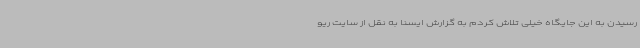
رسیدن به این جایگاه خیلی تلاش کردم به گزارش ایسنا به نقل از سایت ریو